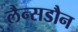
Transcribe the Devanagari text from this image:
लैन्सडौन